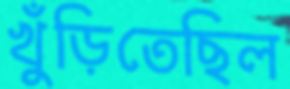
খুঁড়িতেছিল